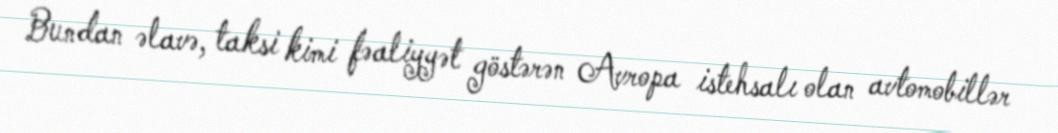
Bundan əlavə, taksi kimi fəaliyyət göstərən Avropa istehsalı olan avtomobillər